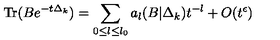
\mathrm { T r } ( B e ^ { - t \Delta _ { k } } ) = \sum _ { 0 { \leq } l { \leq } l _ { 0 } } a _ { l } ( B | \Delta _ { k } ) t ^ { - l } + O ( t ^ { \epsilon } )